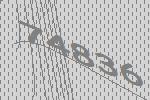
74836